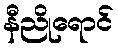
နီညိုရောင်